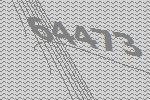
64473